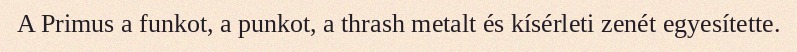
A Primus a funkot, a punkot, a thrash metalt és kísérleti zenét egyesítette.